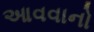
આવવાનો